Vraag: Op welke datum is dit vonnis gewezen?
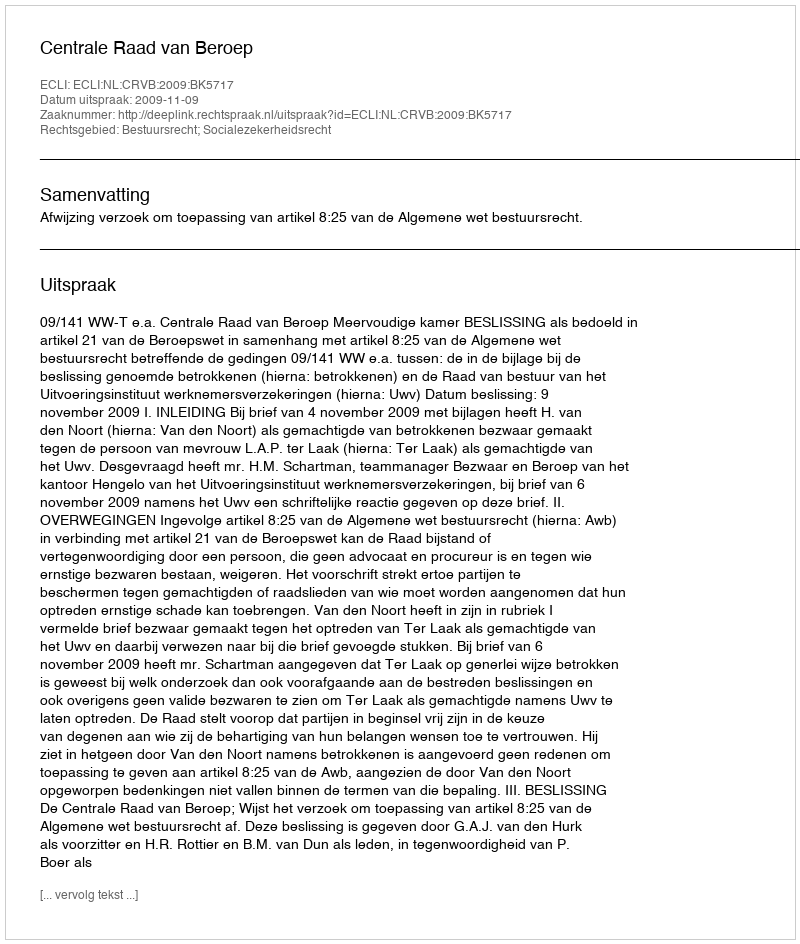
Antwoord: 2009-11-09